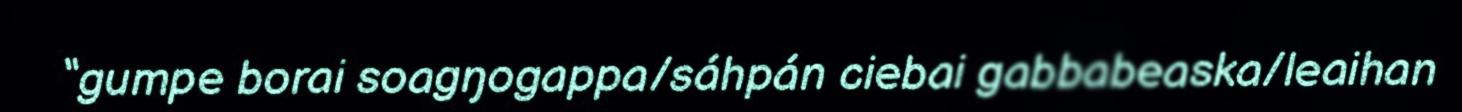
“gumpe borai soagŋogappa/sáhpán ciebai gabbabeaska/leaihan